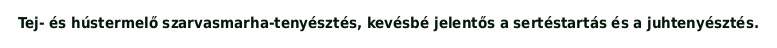
Tej- és hústermelő szarvasmarha-tenyésztés, kevésbé jelentős a sertéstartás és a juhtenyésztés.